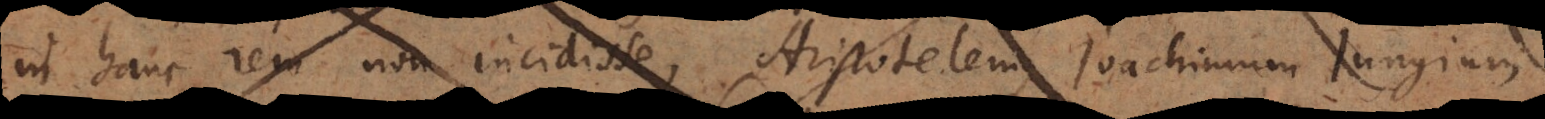
in hanc rem non incidisse. Aristotelem, Joachimum Jungium